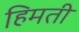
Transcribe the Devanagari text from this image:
हिमती